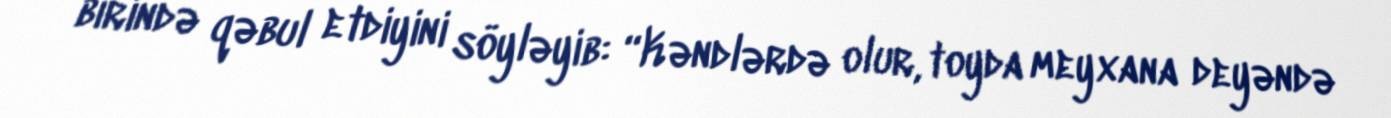
birində qəbul etdiyini söyləyib: “Kəndlərdə olur, toyda meyxana deyəndə